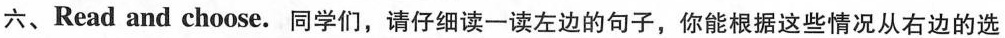
Read and choose.同学们，请仔细读一读左边 的句子，你能根据这些情况从右边的选